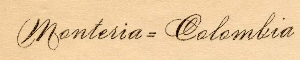
Monteria = Colombia